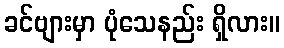
ခင်ဗျားမှာ ပုံသေနည်း ရှိလား။